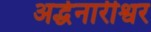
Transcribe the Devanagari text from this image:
अर्द्धनारीश्वर